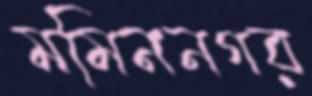
মমিননগর